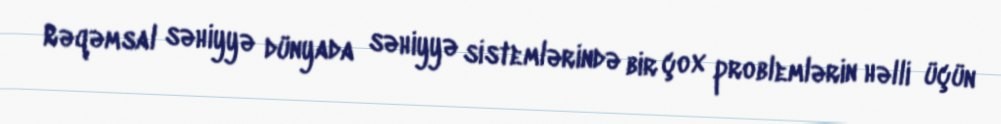
Rəqəmsal səhiyyə dünyada səhiyyə sistemlərində bir çox problemlərin həlli üçün